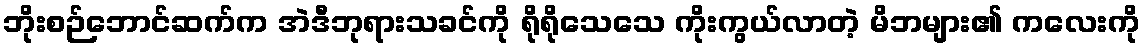
ဘိုးစဉ်ဘောင်ဆက်က အဲဒီဘုရားသခင်ကို ရိုရိုသေသေ ကိုးကွယ်လာတဲ့ မိဘများ၏ ကလေးကို